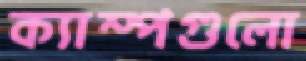
ক্যাম্পগুলো